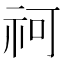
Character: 𥘫